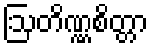
ဩတိဏ္ဏစိတ္တာ